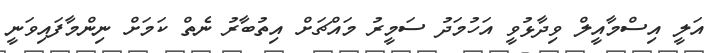
އަލީ އިސްމާއީލް ވިދާޅުވީ އަހުމަދު ސަމީރު މައްޗަށް އިތުބާރު ނެތް ކަމަށް ނިންމާފައިވަނީ